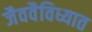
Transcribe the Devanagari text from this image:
जैववैविध्यात